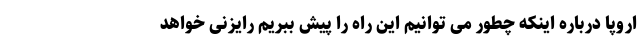
اروپا درباره اینکه چطور می توانیم این راه را پیش ببریم رایزنی خواهد